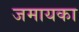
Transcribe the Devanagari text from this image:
जमायका